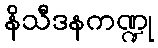
နိသီဒနကဏ္ဍု